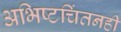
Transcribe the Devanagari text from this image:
अभिष्टचिंतनही